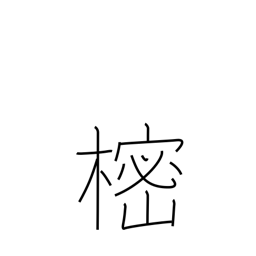
Meaning: tree whose branches are placed on Buddhist graves